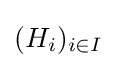
(H_{i})_{i\in I}